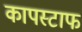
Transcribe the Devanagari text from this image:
कापस्टाफ